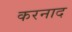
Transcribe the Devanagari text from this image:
करनाद